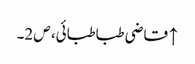
↑ قاضی طباطبائی، ص 2۔